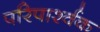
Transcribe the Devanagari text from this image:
परिपार्श्वक